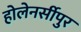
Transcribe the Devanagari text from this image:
होलेनर्सीपुर